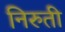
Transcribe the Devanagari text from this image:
निरुती